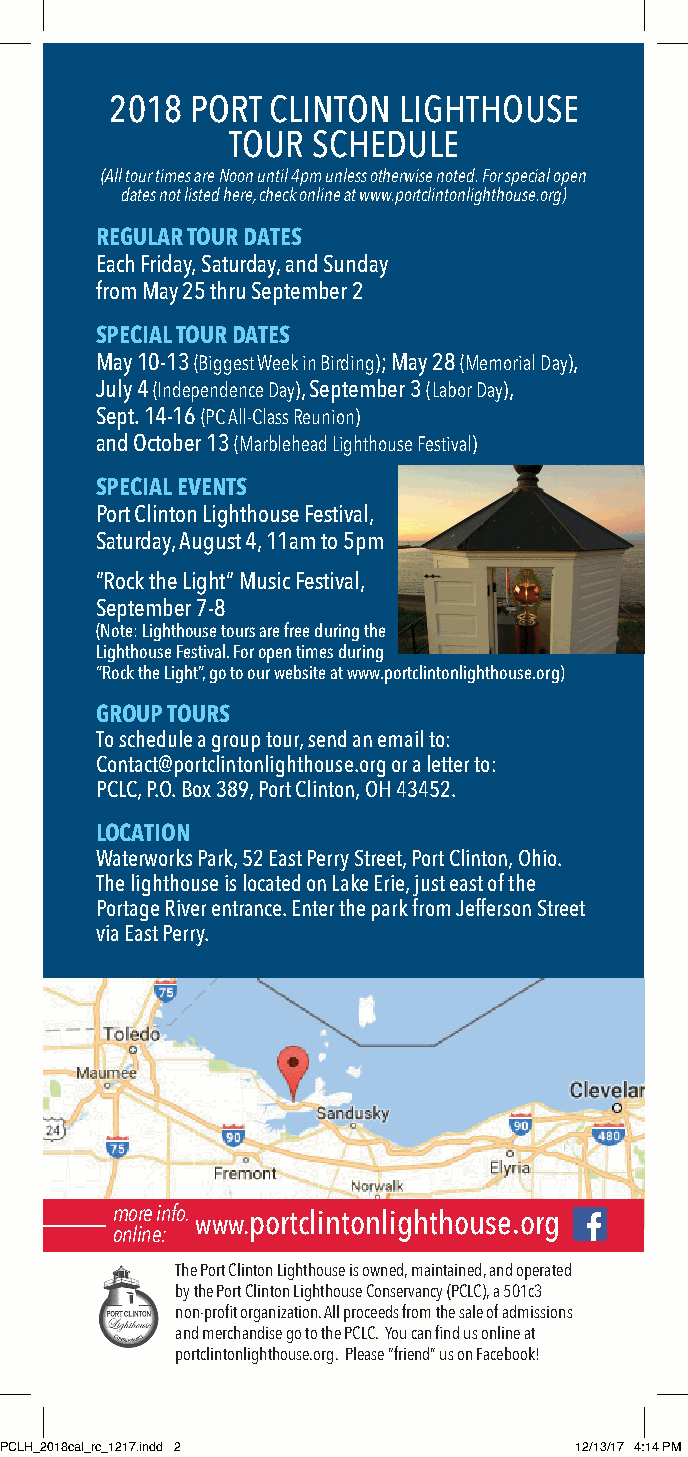
2018  PORT CLINTON LIGHTHOUSE
 TOUR  SCHEDULE
 (All tour times are Noon until 4pm unless otherwise noted. For special open
 dates not listed here, check online at www.portclintonlighthouse.org)
 REGULAR TOUR DATES
 Each Friday, Saturday, and Sunday
 from May 25 thru September 2
 SPECIAL TOUR DATES
 May 10-13 (Biggest Week in Birding); May 28 (Memorial Day),
 July 4 (Independence Day), September 3 (Labor Day),
 Sept. 14-16 (PC All-Class Reunion)
 and October 13 (Marblehead Lighthouse Festival)
 SPECIAL EVENTS
 Port Clinton Lighthouse Festival,
 Saturday, August 4, 11am to 5pm
 “Rock the Light” Music Festival,
 September 7-8
 (Note: Lighthouse tours are free during the
 Lighthouse Festival. For open times during
 “Rock the Light”, go to our website at www.portclintonlighthouse.org)
 GROUP TOURS
 To schedule a group tour, send an email to:
 Contact@portclintonlighthouse.org or a letter to:
 PCLC, P.O. Box 389, Port Clinton, OH 43452.
 LOCATION
 Waterworks Park, 52 East Perry Street, Port Clinton, Ohio.
 The lighthouse is located on Lake Erie, just east of the
 Portage River entrance. Enter the park from Jefferson Street
 via East Perry.
 more info. www.portclintonlighthouse.org
 online:
 The Port Clinton Lighthouse is owned, maintained, and operated
 by the Port Clinton Lighthouse Conservancy (PCLC), a 501c3
 non-profit organization. All proceeds from the sale of admissions
 and merchandise go to the PCLC. You can find us online at
 portclintonlighthouse.org. Please “friend” us on Facebook!
 PCLH_2018cal_rc_1217.indd 2           12/13/17 4:14 PM